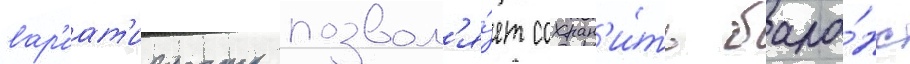
вар'иат'ивность позвол'я́ет сохран'и́ть бала́нс